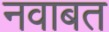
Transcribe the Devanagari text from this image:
नवाबत